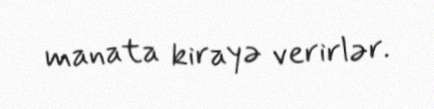
manata kirayə verirlər.